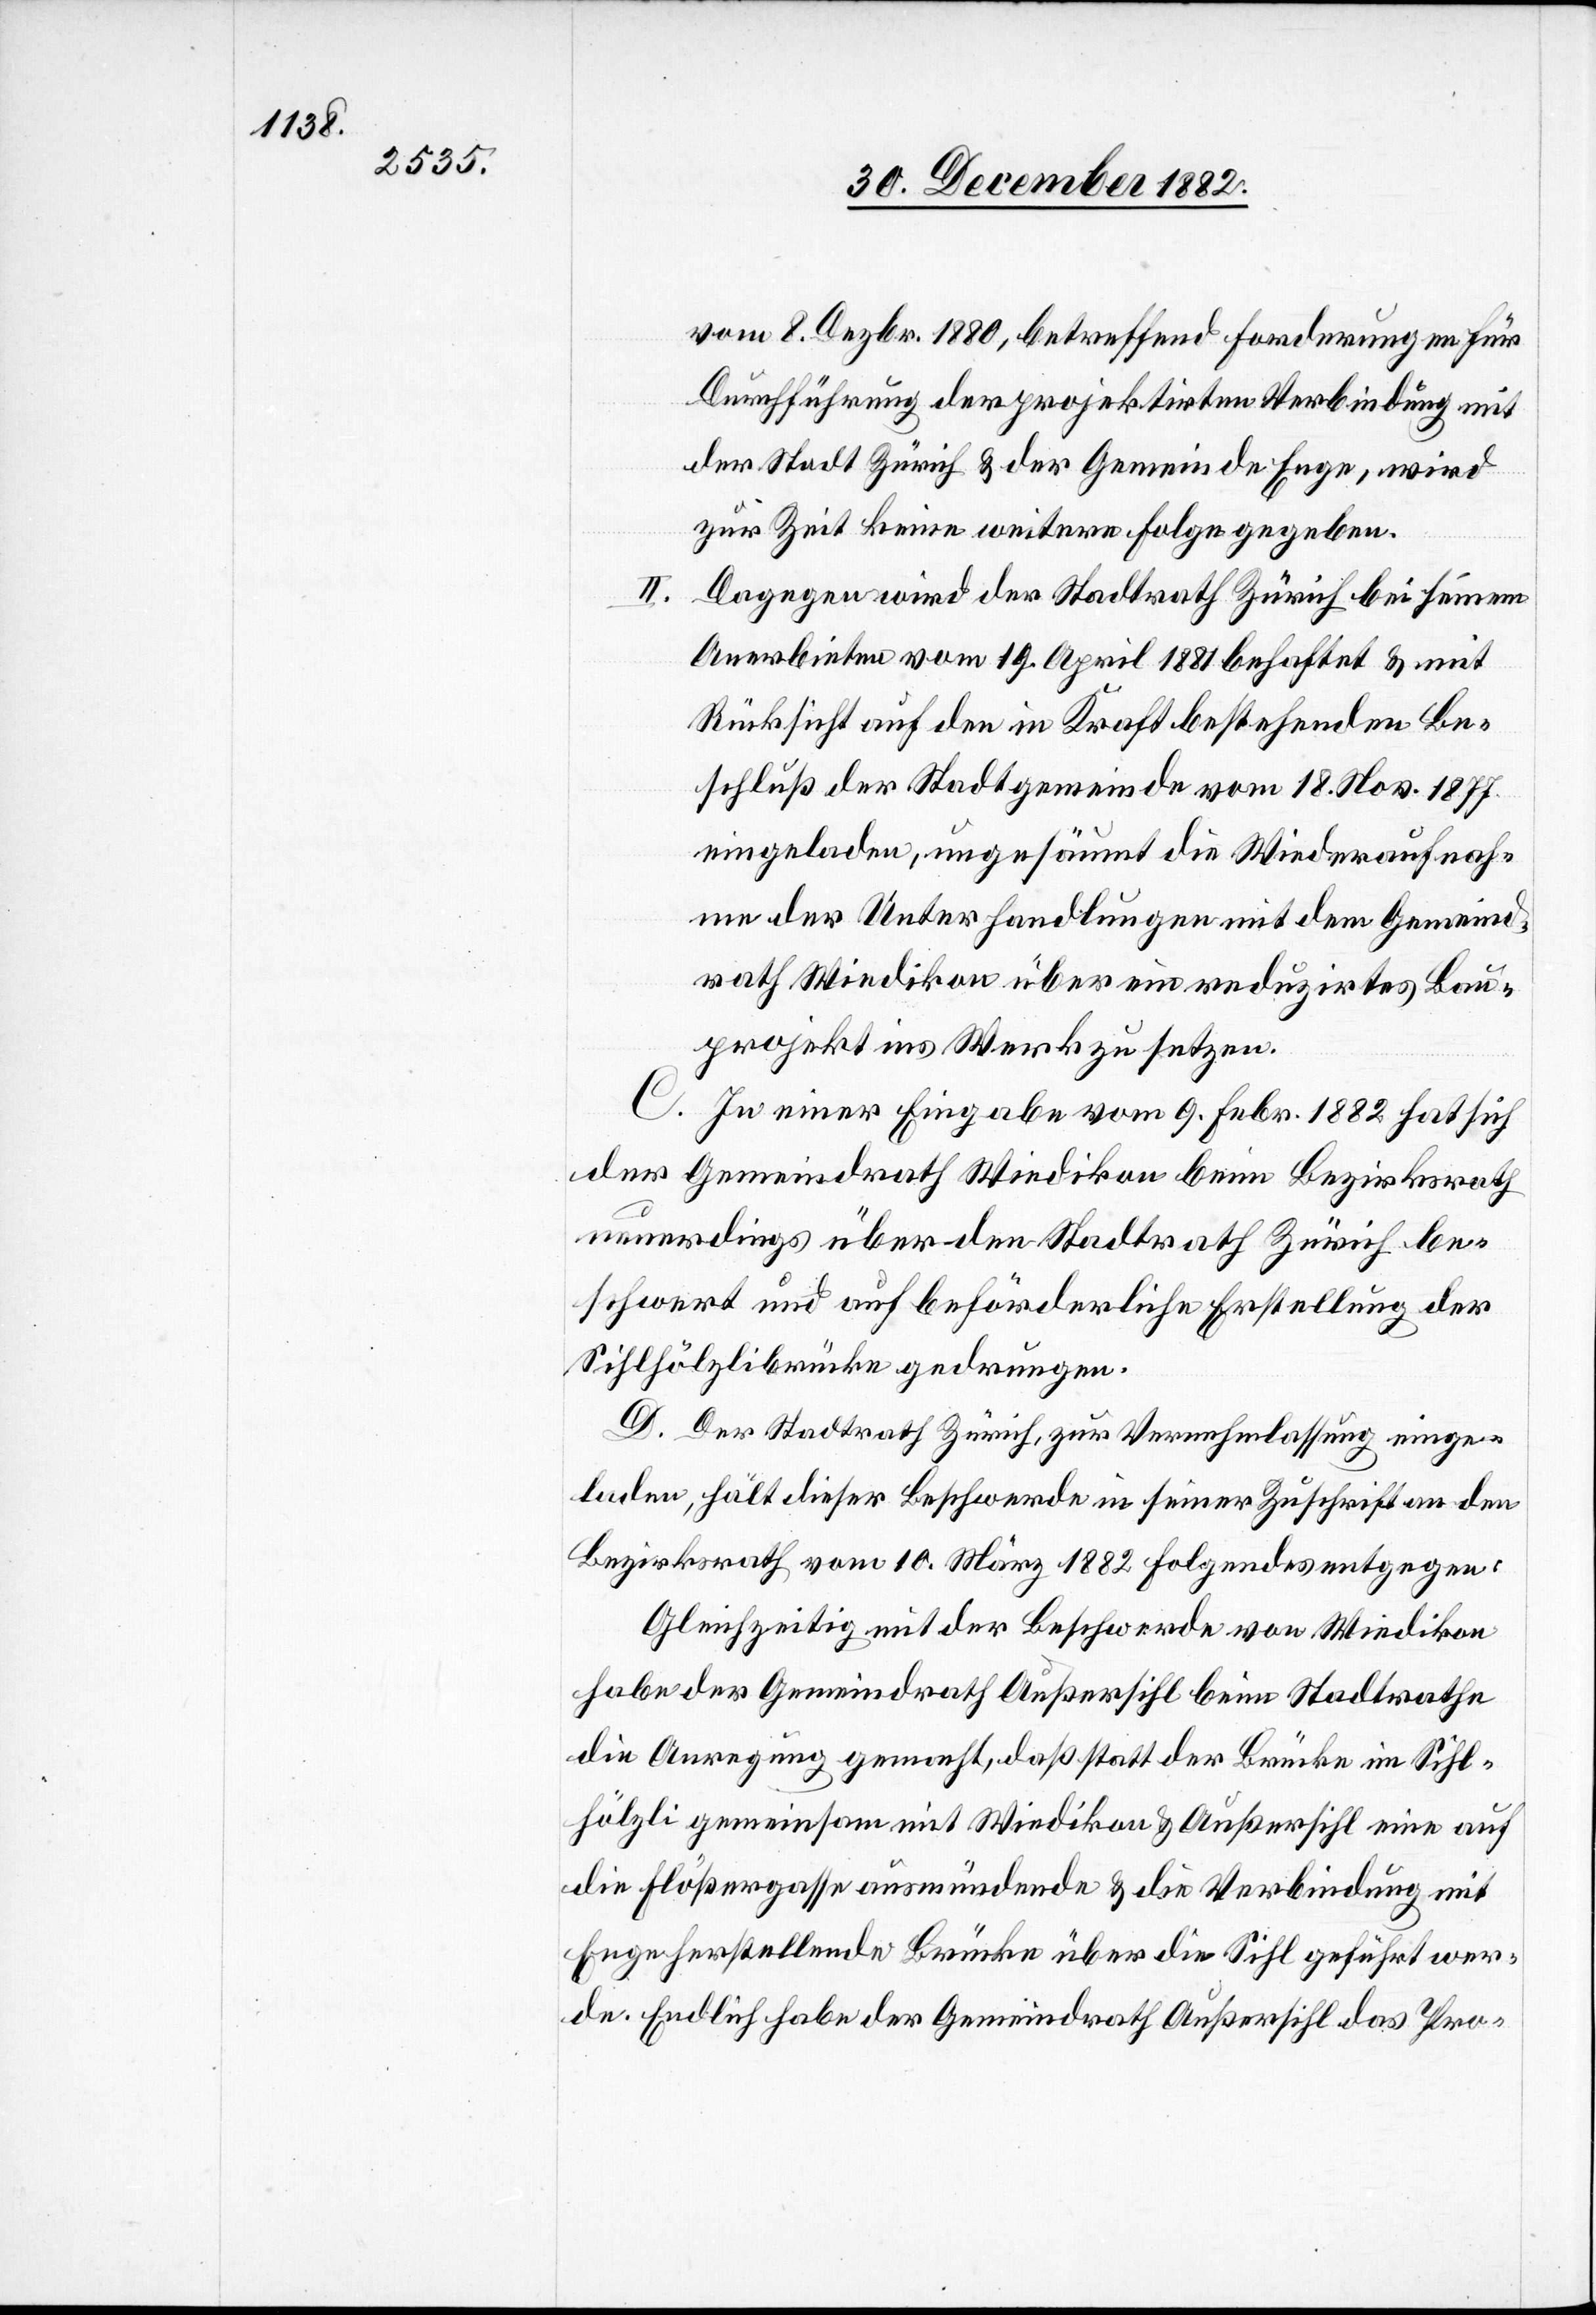
vom 8. Dezbr. 1880, betreffend Forderungen für
Durchführung der projektirten Verbindung mit
der Stadt Zürich & der Gemeinde Enge, wird
zur Zeit keine weitere Folge gegeben.
Dagegen wird der Stadtrath Zürich bei seinem
Anerbieten vom 19. April 1881 behaftet & mit
Rücksicht auf den in Kraft bestehenden Be¬
schluß der Stadtgemeinde vom 18. Nov. 1877
eingeladen, ungesäumt die Wiederaufnah¬
me der Unterhandlungen mit dem Gemeind¬
rath Wiedikon über ein reduzirtes Bau¬
projekt ins Werk zu setzen.
C. In einer Eingabe vom 9. Febr. 1882 hat sich
der Gemeindrath Wiedikon beim Bezirksrath
neuerdings über den Stadtrath Zürich be¬
schwert und auf beförderliche Erstellung der
Sihlhölzlibrücke gedrungen.
D. Der Stadtrath Zürich, zu Vernehmlassung einge¬
laden, hält dieser Beschwerde in seiner Zuschrift an den
Bezirksrath vom 10. März 1882 Folgendes entgegen:
Gleichzeitig mit der Beschwerde von Wiedikon
habe der Gemeindrath Außersihl beim Stadtrathe
die Anregung gemacht, daß statt der Brücke im Sihl¬
hölzli gemeinsam mit Wiedikon & Außersihl eine auf
die Flößergasse ausmündende & die Verbindung mit
Enge herstellende Brücke über die Sihl geführt wer¬
de. Endlich habe der Gemeindrath Außersihl das Pro-